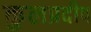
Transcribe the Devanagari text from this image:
कुलप्रदीप